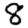
Digit: 8